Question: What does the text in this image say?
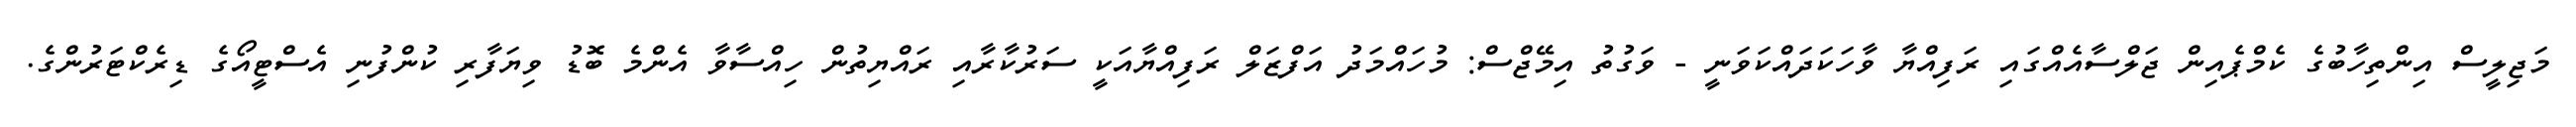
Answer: މަޖިލީސް އިންތިހާބުގެ ކެމްޕެއިން ޖަލްސާއެއްގައި ރަފިއްޔާ ވާހަކަދައްކަވަނީ - ވަގުތު އިމޭޖްސް: މުހައްމަދު އަފްޒަލް ރަފިއްޔާއަކީ ސަރުކާރާއި ރައްޔިތުން ހިއްސާވާ އެންމެ ބޮޑު ވިޔަފާރި ކުންފުނި އެސްޓީއޯގެ ޑިރެކްޓަރުންގެ.